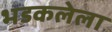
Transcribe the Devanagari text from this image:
भडकलेला